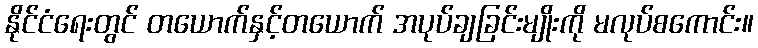
နိုင်ငံရေးတွင် တယောက်နှင့်တယောက် အပုပ်ချခြင်းမျိုးကို မလုပ်စကောင်း။